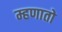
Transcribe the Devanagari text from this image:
म्हणातो